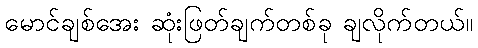
မောင်ချစ်အေး ဆုံးဖြတ်ချက်တစ်ခု ချလိုက်တယ်။